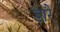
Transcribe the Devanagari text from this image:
डारे